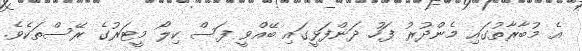
އެ މުބާރާތުގަައި މެންދުރު ފަހު ދަންފަޅީގައި ބޭއްވީ ފަސް ކިލޯ މީޓަރުގެ ރޭސްތަކެވެ.